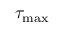
\tau _ { \mathrm { m a x } }